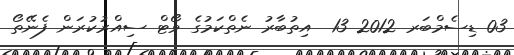
03 ޑިސެމްބަރ 2012 13  އިތުބާރު ނެތްކަމުގެ ވޯޓް ސިއްރުކުރަން ފެނޭތޯ